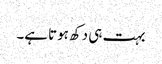
بہت ہی دکھ ہوتا ہے۔